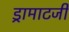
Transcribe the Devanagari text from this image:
ड्रामाटर्जी